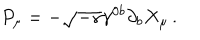
LaTeX: P _ { \mu } = - \sqrt { - \gamma } \gamma ^ { 0 b } \partial _ { b } X _ { \mu } \, .